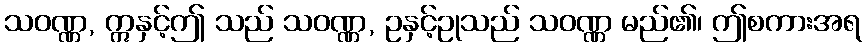
သဝဏ္ဏ, ဣနှင့်ဤ သည် သဝဏ္ဏ, ဥနှင့်ဥုသည် သဝဏ္ဏ မည်၏၊ ဤစကားအရ